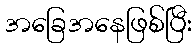
အခြေအနေဖြစ်ပြီး